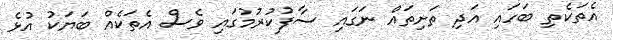
އެތަކެތި ބަހައި އަދި ތަށިތައް ނަގައި ސާފުކުރުމުގައި ވެސް އެތަކެއް ބަޔަކު އުޅެ